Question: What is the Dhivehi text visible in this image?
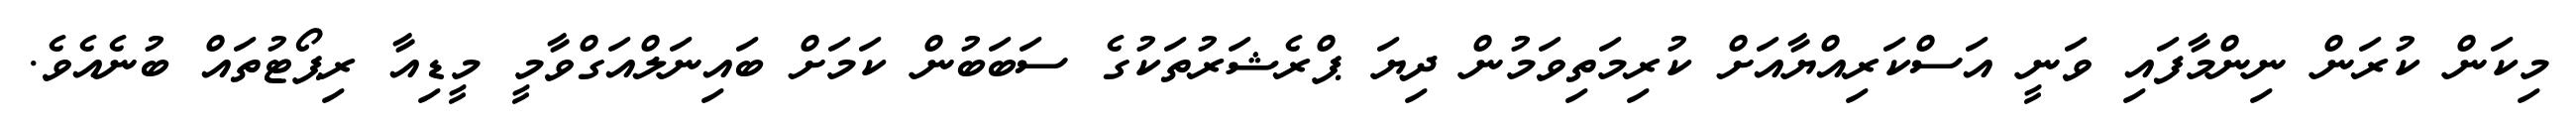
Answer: މިކަން ކުރަން ނިންމާފައި ވަނީ އަސްކަރިއްޔާއަށް ކުރިމަތިވަމުން ދިޔަ ޕްރެޝަރުތަކުގެ ސަބަބުން ކަމަށް ބައިނަލްއަގްވާމީ މީޑިއާ ރިޕޯޓުތައް ބުނެއެވެ.